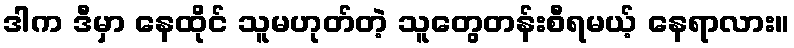
ဒါက ဒီမှာ နေထိုင် သူမဟုတ်တဲ့ သူတွေတန်းစီရမယ့် နေရာလား။